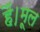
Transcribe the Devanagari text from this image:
हैं।मूल